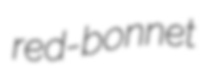
red-bonnet